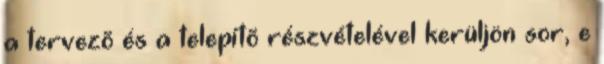
a tervezõ és a telepítõ részvételével kerüljön sor, e